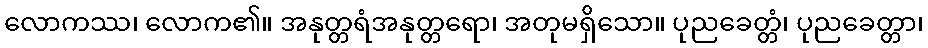
လောကဿ၊ လောက၏။ အနုတ္တရံအနုတ္တရော၊ အတုမရှိသော။ ပုညခေတ္တံ၊ ပုညခေတ္တာ၊